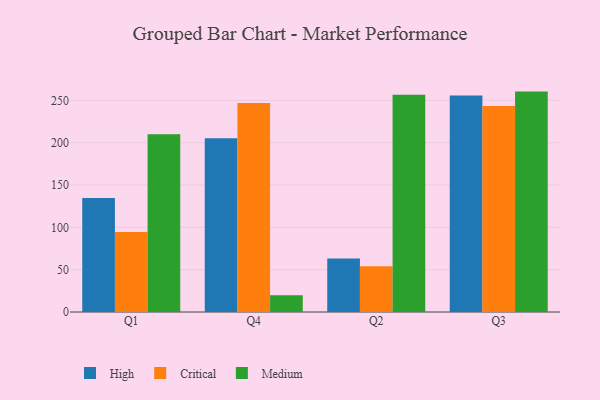
{"axis": {"x": "Quarter", "y": "Shipments"}, "legend": ["Critical", "High", "Medium"], "data": [{"x": "Q1", "y": 134.5, "type": "High"}, {"x": "Q1", "y": 94.6, "type": "Critical"}, {"x": "Q1", "y": 210.0, "type": "Medium"}, {"x": "Q4", "y": 205.1, "type": "High"}, {"x": "Q4", "y": 246.7, "type": "Critical"}, {"x": "Q4", "y": 19.9, "type": "Medium"}, {"x": "Q2", "y": 63.1, "type": "High"}, {"x": "Q2", "y": 54.0, "type": "Critical"}, {"x": "Q2", "y": 256.6, "type": "Medium"}, {"x": "Q3", "y": 255.8, "type": "High"}, {"x": "Q3", "y": 243.4, "type": "Critical"}, {"x": "Q3", "y": 260.3, "type": "Medium"}]}